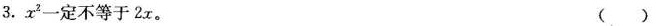
3. x^{2}一定不等于2x。 （ ）